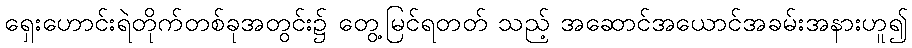
ရှေးဟောင်းရဲတိုက်တစ်ခုအတွင်း၌ တွေ့မြင်ရတတ် သည့် အဆောင်အယောင်အခမ်းအနားဟူ၍